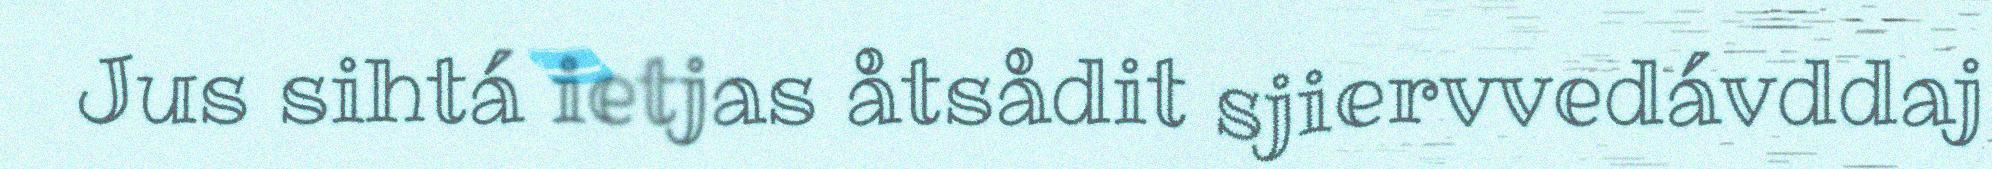
Jus sihtá ietjas åtsådit sjiervvedávddaj